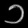
Digit: ၁